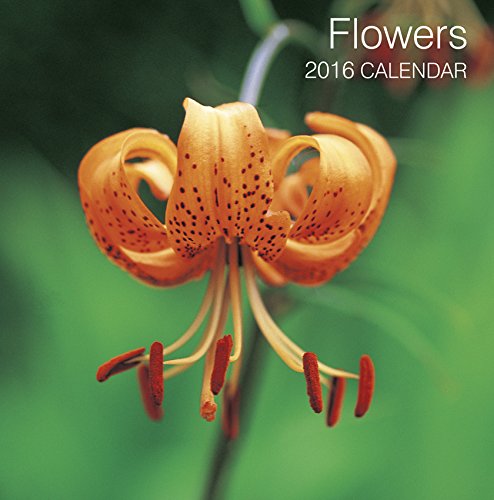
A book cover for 2016 Calendar: Flowers; Peony Press; Calendars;